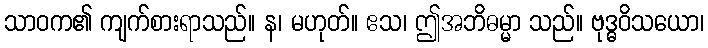
သာဝက၏ ကျက်စားရာသည်။ န၊ မဟုတ်။ ဧသ၊ ဤအဘိဓမ္မာ သည်။ ဗုဒ္ဓဝိသယော၊